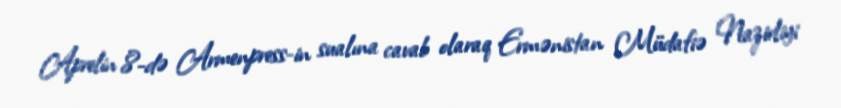
Aprelin 8-də Armenpress-in sualına cavab olaraq Ermənistan Müdafiə Nazirliyi